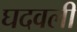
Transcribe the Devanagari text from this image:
घदवली